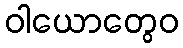
ဝါယောတွေဝ